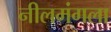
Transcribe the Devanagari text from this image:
नीलमंगला